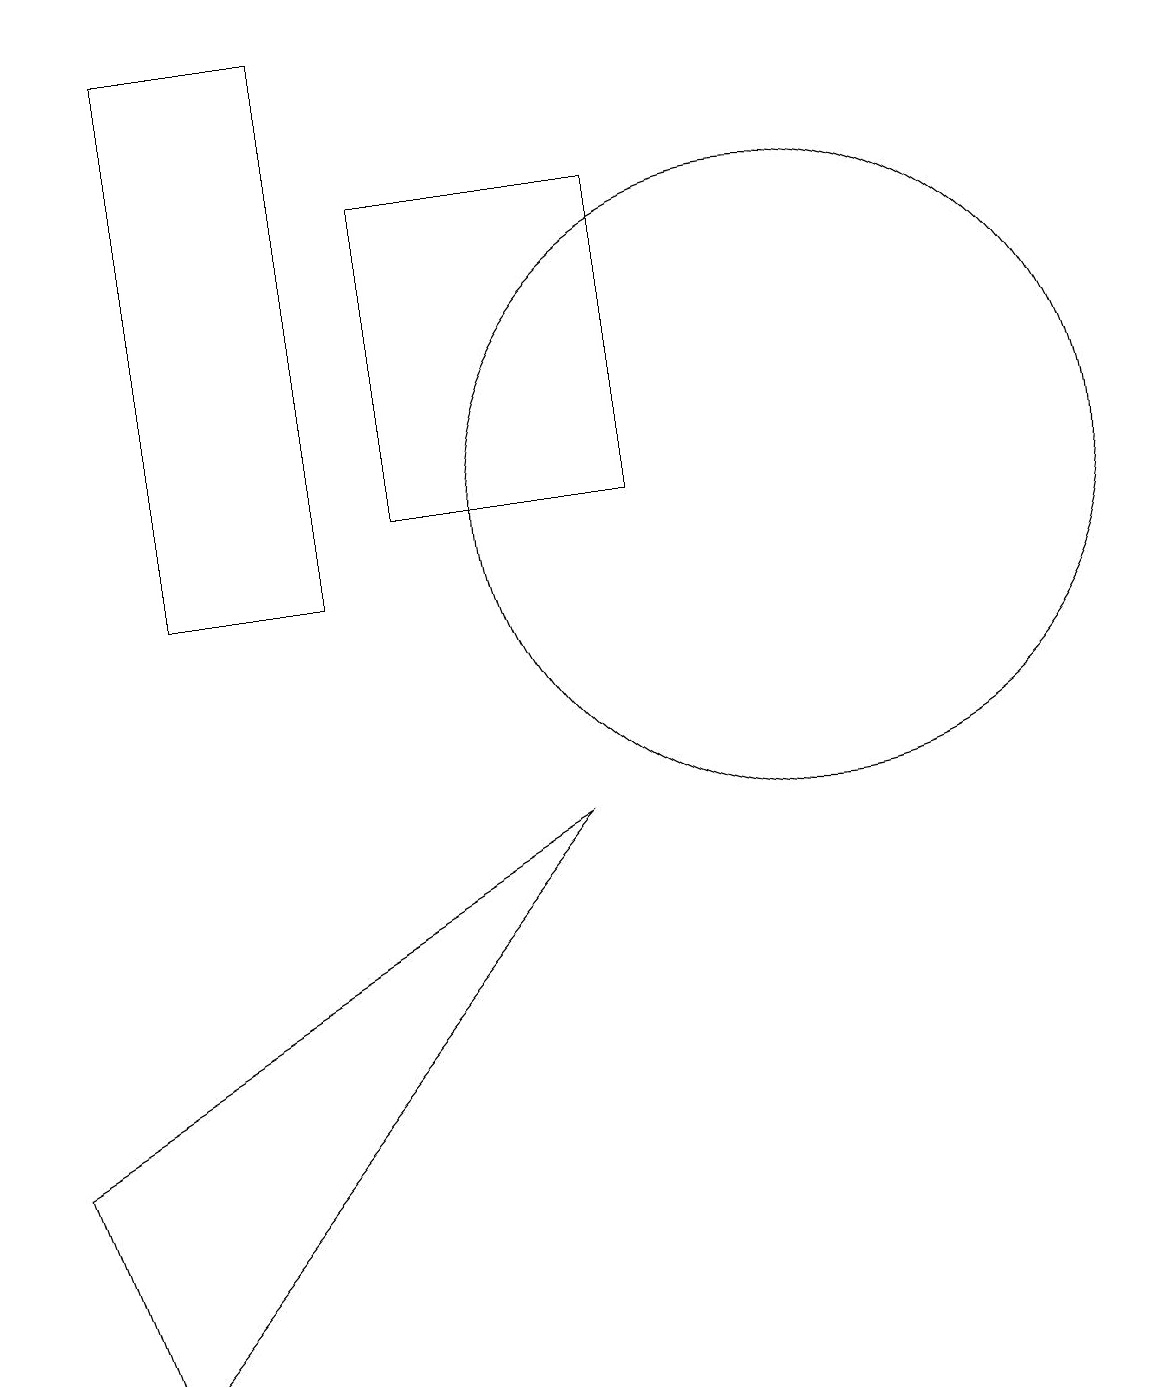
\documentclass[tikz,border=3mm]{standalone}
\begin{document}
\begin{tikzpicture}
\draw (4,11) rectangle (2,18);
\draw (10,12) circle (4);
\draw (1,1) -- (7,8) -- (0,4) -- cycle;
\draw (5,12) rectangle (8,16);
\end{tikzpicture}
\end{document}